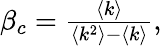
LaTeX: \begin{array}{r}{\beta_{c}=\frac{\langle k\rangle}{\langle k^{2}\rangle-\langle k\rangle},}\end{array}